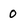
Character: 0